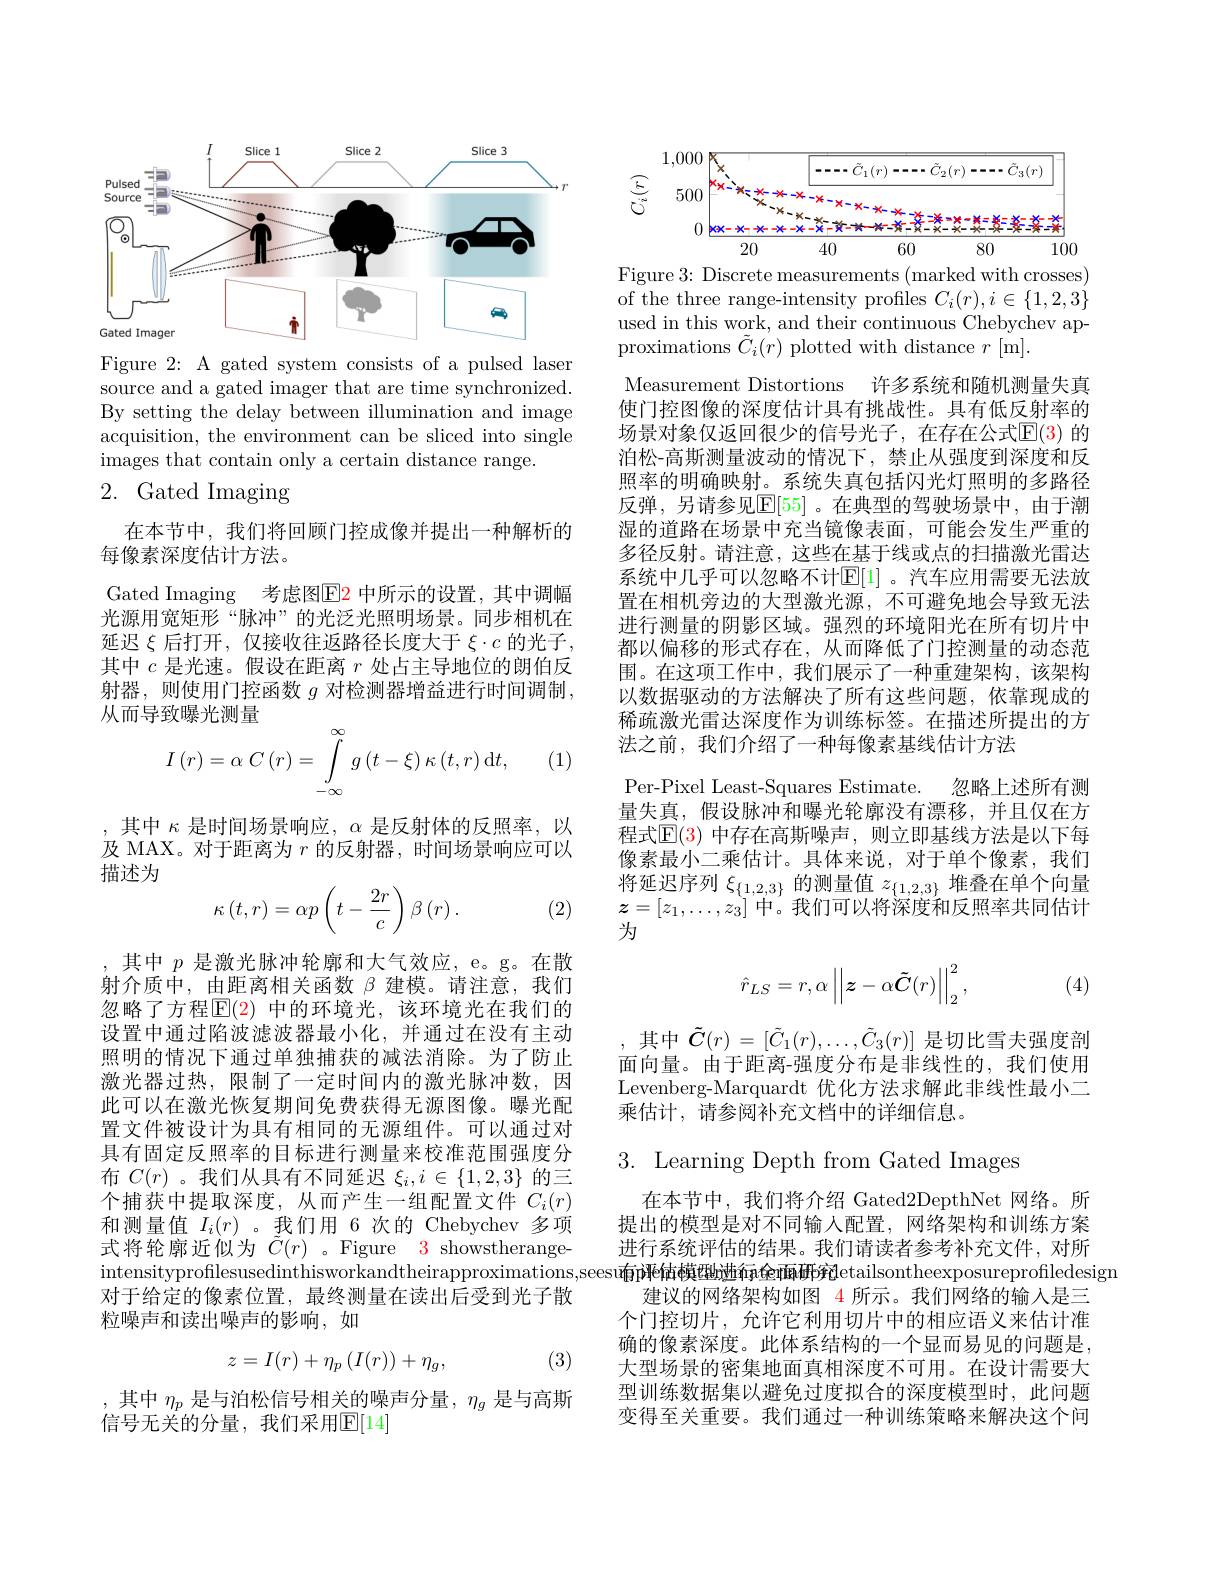
<FigureHere>

Figure 2: A gated system consists of a pulsed laser source and a gated imager that are time synchronized. By setting the delay between illumination and image acquisition, the environment can be sliced into single images that contain only a certain distance range.

# 2. Gated Imaging

在本节中，我们将回顾门控成像并提出一种解析的
每像素深度估计方法。
Gated Imaging 考虑图E2 中所示的设置，其中调幅光源用宽矩形“脉冲”的光泛光照明场景。同步相机在延迟$\xi$后打开，仅接收往返路径长度大于$\xi\cdot c$的光子， 其中$c$是光速。假设在距离$r$处占主导地位的朗伯反射器，则使用门控函数$g$对检测器增益进行时间调制， 从而导致曝光测量
$$I\left(r\right)=\alpha\:C\left(r\right)=\int\limits_{-\infty}^{\infty}g\left(t-\xi\right)\kappa\left(t,r\right)\mathrm{d}t,$$
(1)

,其中$\kappa$是时间场景响应$,\alpha$是反射体的反照率，以及 MAX。对于距离为$r$的反射器，时间场景响应可以描述为
$$\kappa\left(t,r\right)=\alpha p\left(t-\frac{2r}{c}\right)\beta\left(r\right).$$
(2)

,其中 $p$ 是激光脉冲轮廓和大气效应，e。g。在散射介质中，由距离相关函数$\beta$建模。请注意，我们忽略了方程$\operatorname{\overline{E}(2)\text{ 中的环境光，该环境光在我们的}}$ 设置中通过陷波滤波器最小化，并通过在没有主动照明的情况下通过单独捕获的减法消除。为了防止激光器过热，限制了一定时间内的激光脉冲数，因此可以在激光恢复期间免费获得无源图像。曝光配置文件被设计为具有相同的无源组件。可以通过对具有固定反照率的目标进行测量来校准范围强度分布$C(r)$ 。我们从具有不同延迟$\xi_i,i\in\{1,2,3\}$的三个捕获中提取深度，从而产生一组配置文件$C_i(r)$ 和测量值$I_i(r)$ 。我们用\_6次的 Chebychev 多项式将轮廓近似为$\tilde{C}(r)$ 。Figure 3 showstherangeintensityproflesusedinthisworkandtheirapproximations, seesu南评估模理啦ía金面研究letailsontheexposureprofiledesign
对于给定的像素位置，最终测量在读出后受到光子散
粒噪声和读出噪声的影响，如
$$z=I(r)+\eta_p\left(I(r)\right)+\eta_g,$$
(3)

,其中$\eta_p$是与泊松信号相关的噪声分量，$\eta_g$是与高斯
信号无关的分量，我们采用$\mathbb{E}[14]$

<FigureHere>
Figure 3: Discrete measurements (marked with crosses)

of the three range-intensity profiles $C_i(r),i\in\{1,2,3\}$ used in this work, and their continuous Chebychev approximations $\tilde{C}_i(r)$ plotted with distance $r$ [m].
Measurement Distortions 许多系统和随机测量失真使门控图像的深度估计具有挑战性。具有低反射率的场景对象仅返回很少的信号光子，在存在公式$\mathbb{E}(3)$ 的泊松-高斯测量波动的情况下，禁止从强度到深度和反照率的明确映射。系统失真包括闪光灯照明的多路径反弹，另请参见$\mathbb{E}[55]$。在典型的驾驶场景中，由于潮湿的道路在场景中充当镜像表面，可能会发生严重的多径反射。请注意，这些在基于线或点的扫描激光雷达系统中几乎可以忽略不计$\mathbb{E}[$1]。汽车应用需要无法放置在相机旁边的大型激光源，不可避免地会导致无法进行测量的阴影区域。强烈的环境阳光在所有切片中都以偏移的形式存在，从而降低了门控测量的动态范围。在这项工作中，我们展示了一种重建架构，该架构以数据驱动的方法解决了所有这些问题，依靠现成的稀疏激光雷达深度作为训练标签。在描述所提出的方法之前，我们介绍了一种每像素基线估计方法
Per-Pixel Least-Squares Estimate. 忽略上述所有测量失真，假设脉冲和曝光轮廓没有漂移，并且仅在方程式$\mathbb{E}(3)$ 中存在高斯噪声，则立即基线方法是以下每像素最小二乘估计。具体来说，对于单个像素，我们将延迟序列$\xi_{\{1,2,3\}}$的测量值$z_{\{1,2,3\}}$堆叠在单个向量$z=[z_1,\ldots,z_3]$中。我们可以将深度和反照率共同估计为
$$\hat{r}_{LS}=r,\alpha\left\|\boldsymbol{z}-\alpha\tilde{\boldsymbol{C}}(r)\right\|_{2}^{2},$$
(4)

 其中$\tilde{C}(r)=[\tilde{C}_1(r),\ldots,\tilde{C}_3(r)]$ 是切比雪夫强度剖面向量。由于距离-强度分布是非线性的，我们使用Levenberg-Marquardt 优化方法求解此非线性最小二乘估计，请参阅补充文档中的详细信息。

3. Learning Depth from Gated Images

在本节中，我们将介绍 Gated2DepthNet 网络。所提出的模型是对不同输入配置，网络架构和训练方案进行系统评估的结果。我们请读者参考补充文件，对所
建议的网络架构如图 4 所示。我们网络的输入是三个门控切片，允许它利用切片中的相应语义来估计准确的像素深度。此体系结构的一个显而易见的问题是， 大型场景的密集地面真相深度不可用。在设计需要大型训练数据集以避免过度拟合的深度模型时，此问题变得至关重要。我们通过一种训练策略来解决这个问